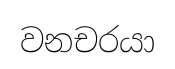
වනචරයා